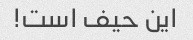
این حیف است!